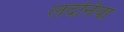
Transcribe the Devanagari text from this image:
लदनिया